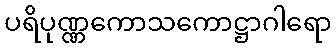
ပရိပုဏ္ဏကောသကောဋ္ဌာဂါရော